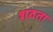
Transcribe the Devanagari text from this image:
शठता